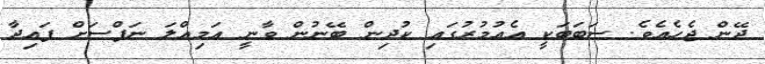
ދޭން ޖެހެއެވެ. ސަބަބަކީ އެޢުމުރުގައި ކުދިން ބޭނުން ވާނީ އަމިއްލަ ނަފްސަށް ފައިދާ